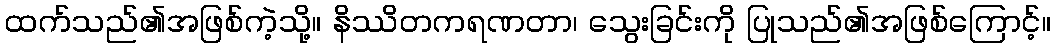
ထက်သည်၏အဖြစ်ကဲ့သို့။ နိဿိတကရဏတာ၊ သွေးခြင်းကို ပြုသည်၏အဖြစ်ကြောင့်။